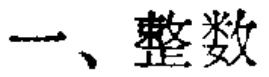
一、整数